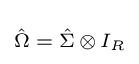
\scriptstyle {\hat {\Omega }}\;=\;{\hat {\Sigma }}\,\otimes \,I_{R}